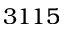
3 1 1 5